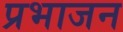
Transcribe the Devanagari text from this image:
प्रभाजन